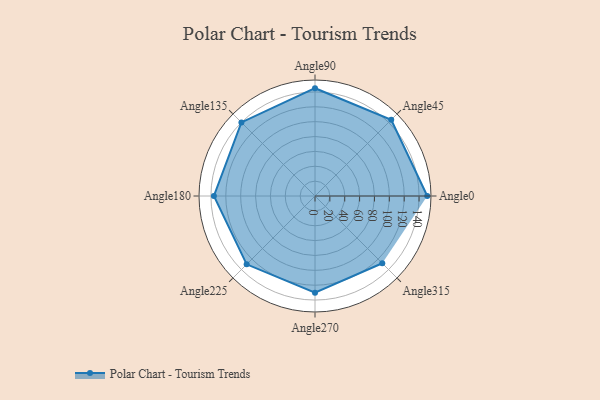
{"axis": {"x": "Angle", "y": "Radius"}, "legend": [""], "data": [{"x": "Angle0", "y": 151.0, "type": ""}, {"x": "Angle45", "y": 145.0, "type": ""}, {"x": "Angle90", "y": 145.0, "type": ""}, {"x": "Angle135", "y": 140.0, "type": ""}, {"x": "Angle180", "y": 136.0, "type": ""}, {"x": "Angle225", "y": 130.0, "type": ""}, {"x": "Angle270", "y": 130.0, "type": ""}, {"x": "Angle315", "y": 128.0, "type": ""}]}